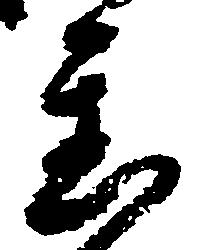
置